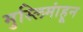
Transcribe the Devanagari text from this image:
मुस्लिमांहून